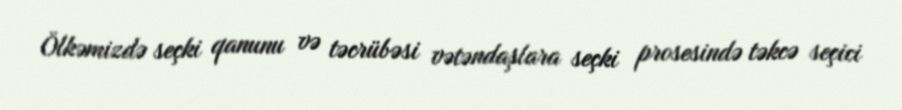
Ölkəmizdə seçki qanunu və təcrübəsi vətəndaşlara seçki prosesində təkcə seçici